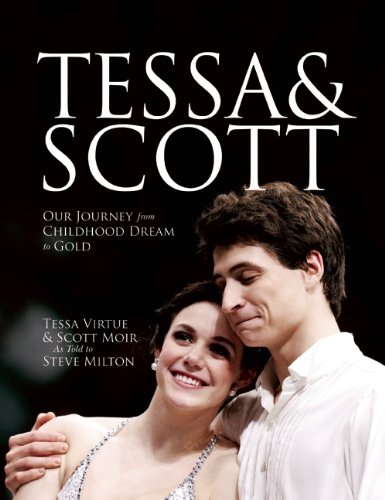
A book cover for Tessa and Scott: Our Journey from Childhood Dream to Gold; Tessa Virtue; Sports & Outdoors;